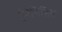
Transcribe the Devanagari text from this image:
ऐनैलिसिस